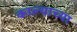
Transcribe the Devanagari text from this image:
काल्याच्या